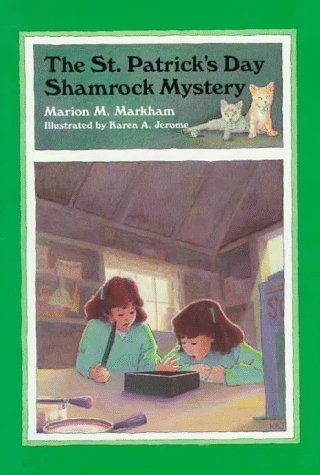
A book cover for The St. Patrick's Day Shamrock Mystery; Marion Markham; Children's Books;